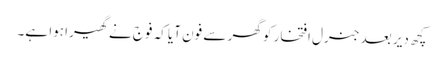
کچھ دیر بعد جنرل افتخار کو گھر سے فون آیا کہ فوج نے گھیرا ہوا ہے۔